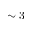
\sim 3